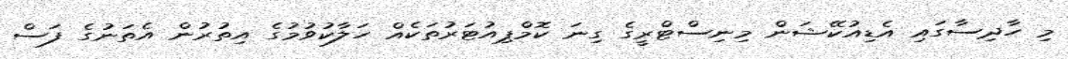
މި ހާދިސާގައި އެޑިއުކޭޝަން މިނިސްޓްރީގެ ގިނަ ކޮމްޕިއުޓަރުތަކެއް ހަލާކުވުމުގެ އިތުރުން އެތަނުގެ ފަސް